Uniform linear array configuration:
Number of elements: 32
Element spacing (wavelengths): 0.75
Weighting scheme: exponential
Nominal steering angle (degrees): -45
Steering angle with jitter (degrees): -43.506
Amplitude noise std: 0.05
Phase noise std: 0.05

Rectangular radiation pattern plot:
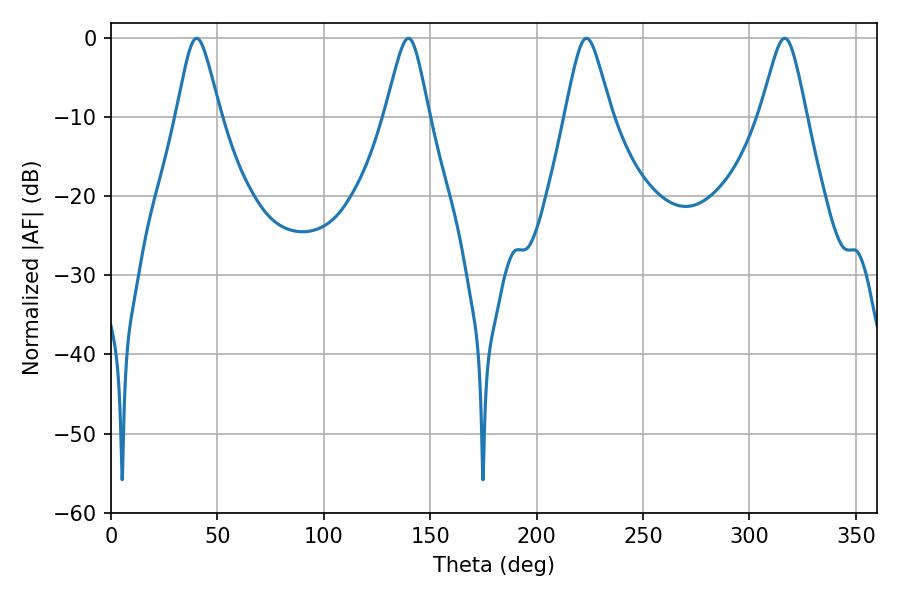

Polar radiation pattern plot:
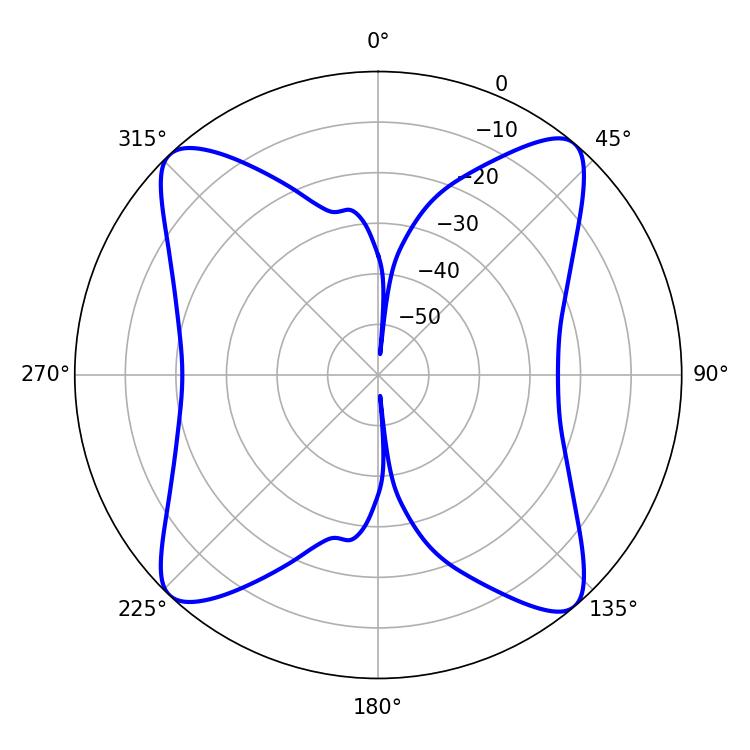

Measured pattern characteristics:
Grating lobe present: TRUE
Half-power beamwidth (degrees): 10.44
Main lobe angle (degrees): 223.38